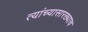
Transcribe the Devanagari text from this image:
त्यांच्यासारख्याच